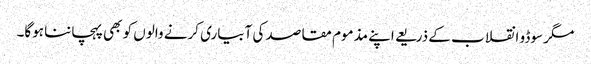
مگر سوڈو انقلاب کے ذریعے اپنے مذموم مقاصد کی آبیاری کرنے والوں کو بھی پہچاننا ہوگا۔